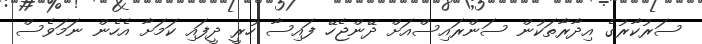
ސަރުކާރުގެ އިދާރާތަކުން ސަންރައިސްއަށް ދޭންޖެހޭ ފައިސާ ހުރީ ދީފައި ކަމަށާ އެހެން ނަމަވެސް